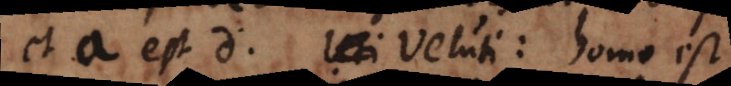
et a est d. Veluti: homo est